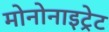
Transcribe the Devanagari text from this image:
मोनोनाइट्रेट